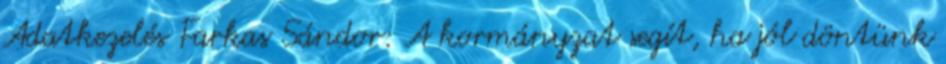
Adatkezelés Farkas Sándor: A kormányzat segít, ha jól döntünk